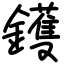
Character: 鑊